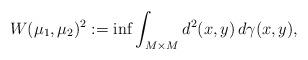
LaTeX: \begin{align*} W(\mu_1,\mu_2)^2:=\inf\int_{M\times M}d^2(x,y)\, d\gamma(x,y),\end{align*}